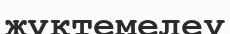
жүктемелеу